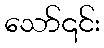
သော်၎င်း